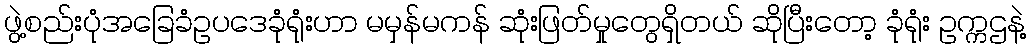
ဖွဲ့စည်းပုံအခြေခံဥပဒေခုံရုံးဟာ မမှန်မကန် ဆုံးဖြတ်မှုတွေရှိတယ် ဆိုပြီးတော့ ခုံရုံး ဥက္ကဌနဲ့